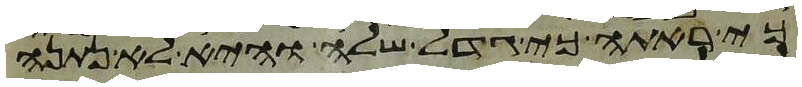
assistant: כי ראתה כי גדל שלה והיא לא נתנה